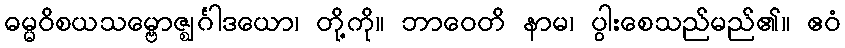
ဓမ္မဝိစယသမ္ဗောဇ္ဈင်္ဂါဒယော၊ တို့ကို။ ဘာဝေတိ နာမ၊ ပွါးစေသည်မည်၏။ ဧဝံ